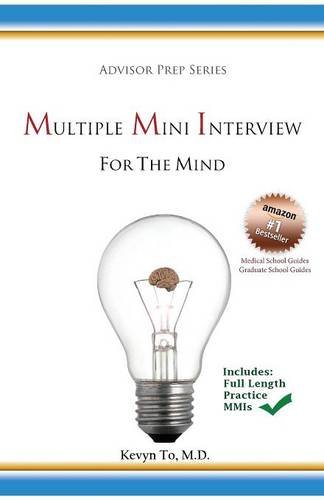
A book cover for Multiple Mini Interview (MMI) for the Mind (Advisor Prep Series); Kevyn To M.D.; Education & Teaching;